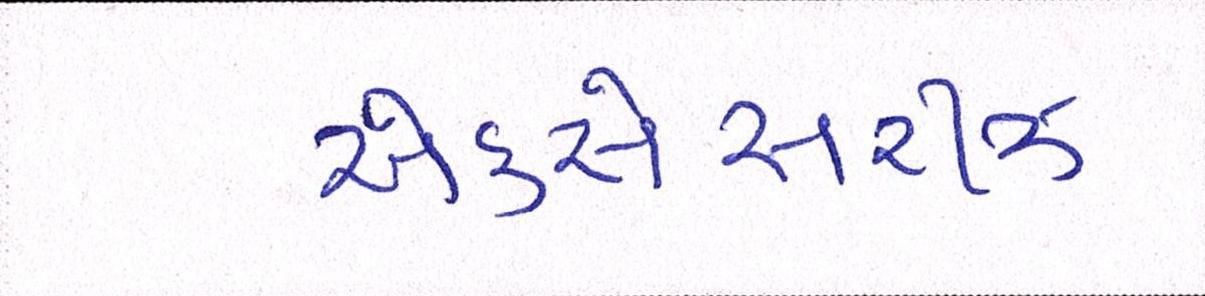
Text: એકસેસરીઝ